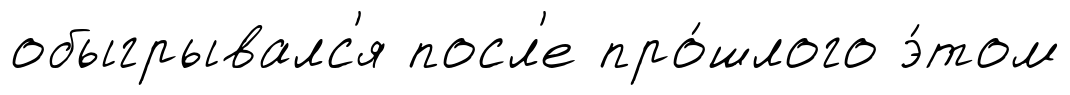
обыгрывалс'я посл'е про́шлого э́том